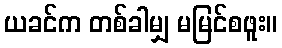
ယခင်က တစ်ခါမျှ မမြင်စဖူး။